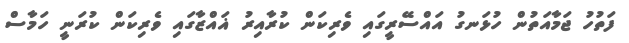
ފަތުހު ޖަމާއަތުން ހުޅަނގު އައްސޭރީގައި ވެރިކަން ކުރާއިރު ޣައްޒާގައި ވެރިކަން ކުރަނީ ހަމާސް